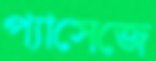
প্যাসেজে